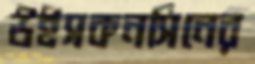
উইসকনসিনের